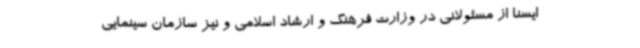
ایسنا از مسئولانی در وزارت فرهنگ و ارشاد اسلامی و نیز سازمان سینمایی